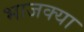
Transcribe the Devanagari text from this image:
भाजक्या